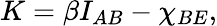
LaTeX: K=\beta{{I}_{AB}}-{\chi}_{{BE}},